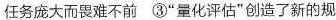
任务庞大而畏难不前③”量化评估”创造了新的规